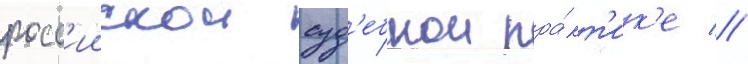
росс'иискои суд'ебнои пра́кт'ик'е //